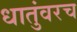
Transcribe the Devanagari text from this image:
धातुंवरच